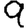
Digit: 9